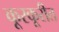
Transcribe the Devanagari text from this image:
कूरकूरीत